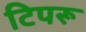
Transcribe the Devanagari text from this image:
टिपरू